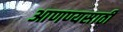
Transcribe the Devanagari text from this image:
आणण्यसाठी